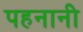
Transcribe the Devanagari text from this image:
पहनानी